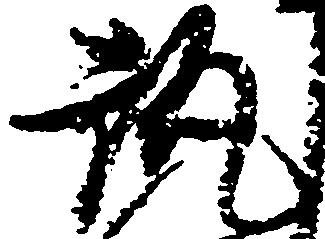
執